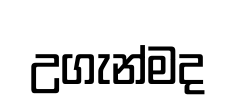
උගැන්මද